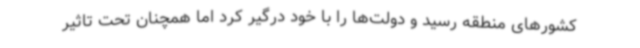
کشورهای منطقه رسید و دولت‌ها را با خود درگیر کرد اما همچنان تحت تاثیر